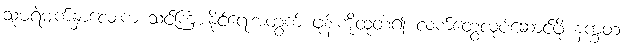
သူမရဲ့မျက်နှာလေးက သင်ကြားနိုင်ရေးအတွက် ဖုန်းကိုထုတ်၍ လက်တွေ့လုပ်ဆောင်ဖို့ နက္ခတ